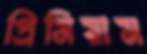
প্রিমিয়াম